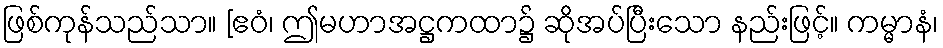
ဖြစ်ကုန်သည်သာ။ [ဧဝံ၊ ဤမဟာအဋ္ဌကထာ၌ ဆိုအပ်ပြီးသော နည်းဖြင့်။ ကမ္မာနံ၊